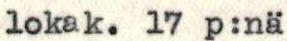
lokak.17 p:nä